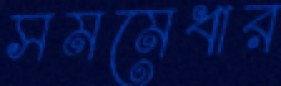
সমমেধার